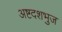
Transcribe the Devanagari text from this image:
अष्टदशभुज